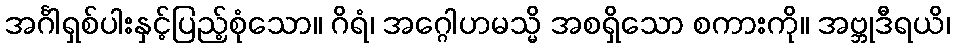
အင်္ဂါရှစ်ပါးနှင့်ပြည့်စုံသော။ ဂိရံ၊ အဂ္ဂေါဟမသ္မိ အစရှိသော စကားကို။ အဗ္ဘုဒီရယိ၊